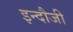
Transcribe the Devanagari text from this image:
इन्दौजी